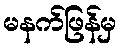
မနက်ဖြန်မှ